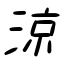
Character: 涼